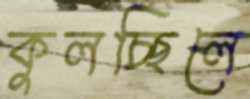
কুলচ্ছিলে